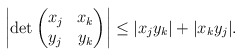
\begin{align*}\left |\det\begin{pmatrix} x_j & x_k \\ y_j & y_k \end{pmatrix}\right| \le |x_jy_k|+|x_ky_j|.\end{align*}